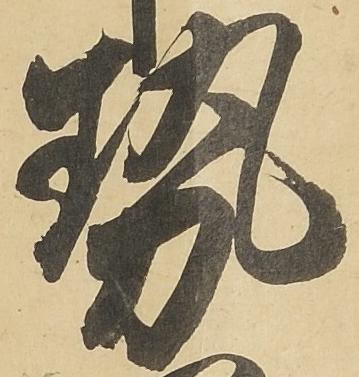
勢